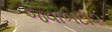
જવાબદા૨